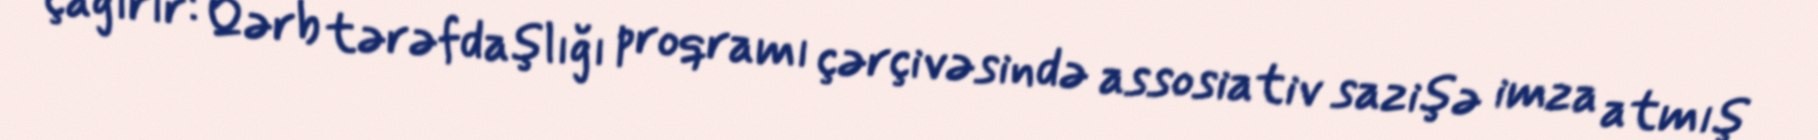
çağırır: Qərb tərəfdaşlığı proqramı çərçivəsində assosiativ sazişə imza atmış